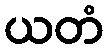
ယတံ